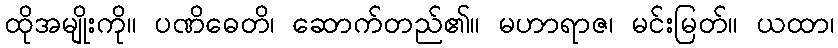
ထိုအမျိုးကို။ ပဏိဓေတိ၊ ဆောက်တည်၏။ မဟာရာဇ၊ မင်းမြတ်။ ယထာ၊